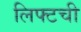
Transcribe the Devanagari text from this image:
लिफ्टची